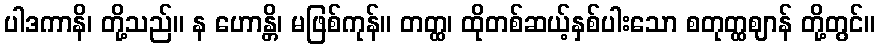
ပါဒကာနိ၊ တို့သည်။ န ဟောန္တိ၊ မဖြစ်ကုန်။ တတ္ထ၊ ထိုတစ်ဆယ့်နှစ်ပါးသော စတုတ္ထဈာန် တို့တွင်။